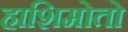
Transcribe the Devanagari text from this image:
हाशिमोतो